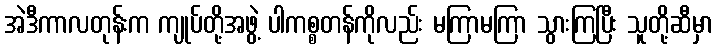
အဲဒီကာလတုန်းက ကျုပ်တို့အဖွဲ့ ပါကစ္စတန်ကိုလည်း မကြာမကြာ သွားကြပြီး သူတို့ဆီမှာ